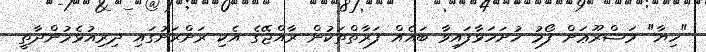
"ހިޔާ" މަޝްރޫޢަށް ފޯމު ހުށަހަޅާފައިވާ ބައެއް ފަރާތްތަކުން ރާއްޖޭގެ އެކި ރަށްރަށުގައި ދިރިއުޅެމުންދާތީ